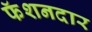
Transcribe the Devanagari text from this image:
फॅशनदार